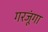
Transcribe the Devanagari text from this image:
गरजूंगा